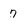
Character: 7